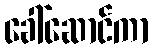
ခေါ်ဆောင်ကာ